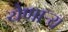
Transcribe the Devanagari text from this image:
येणार्‍य